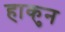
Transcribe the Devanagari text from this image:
हाकुन